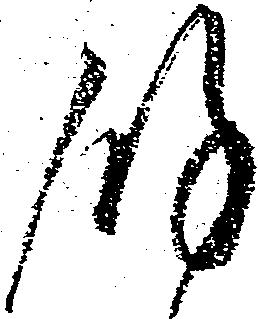
余